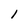
Character: 1